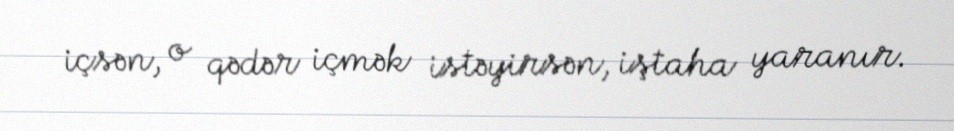
içsən, o qədər içmək istəyirsən, iştaha yaranır.